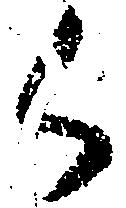
御